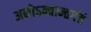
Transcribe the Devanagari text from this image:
अनोऽन्त्रान्तर्गतं